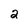
Character: 2